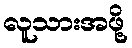
လူသားအဖို့